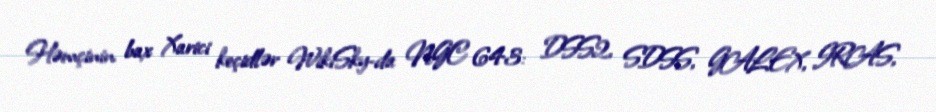
Həmçinin bax Xarici keçidlər WikiSky-da NGC 643: DSS2, SDSS, GALEX, IRAS,